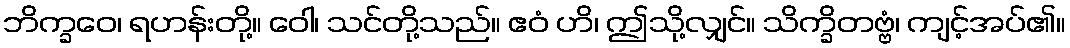
ဘိက္ခဝေ၊ ရဟန်းတို့။ ဝေါ၊ သင်တို့သည်။ ဧဝံ ဟိ၊ ဤသို့လျှင်။ သိက္ခိတဗ္ဗံ၊ ကျင့်အပ်၏။